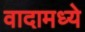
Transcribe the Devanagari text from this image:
वादामध्ये